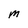
Character: M